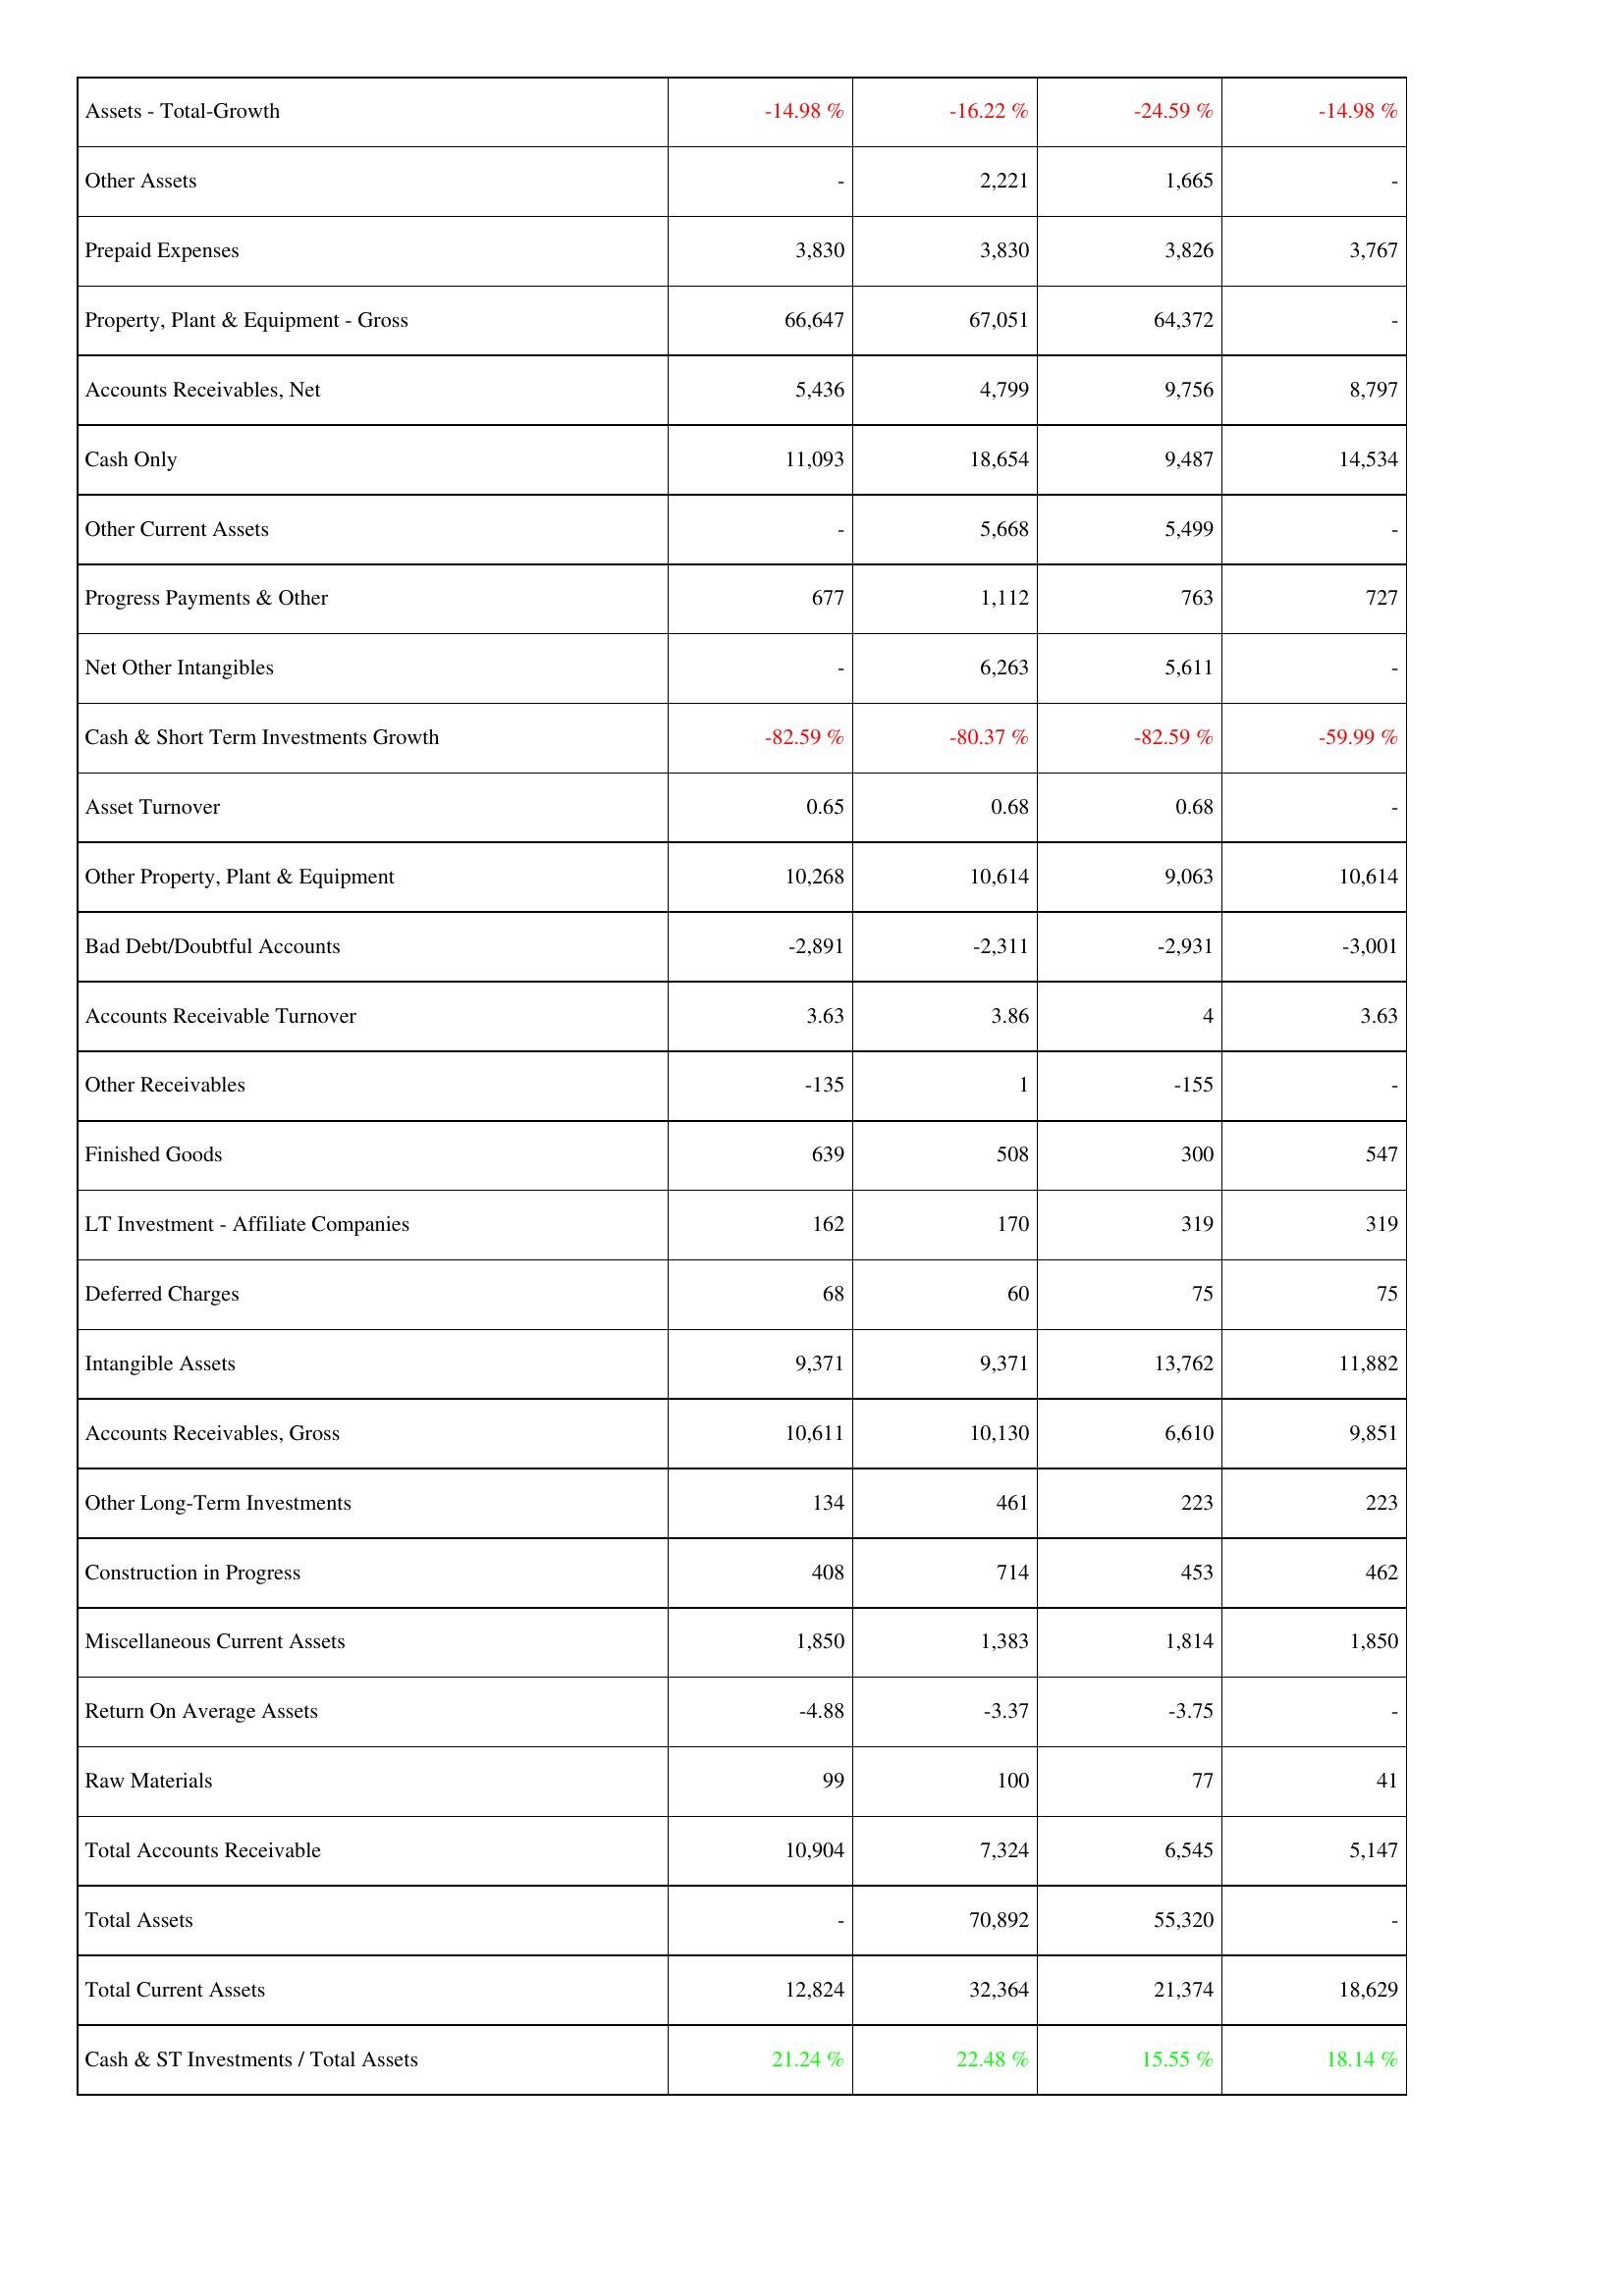
2011: Assets: Assets - Total-Growth: -14.98 %
Other Assets: -
Prepaid Expenses: 3,830
Property, Plant & Equipment - Gross: 66,647
Accounts Receivables, Net: 5,436
Cash Only: 11,093
Other Current Assets: -
Progress Payments & Other: 677
Net Other Intangibles: -
Cash & Short Term Investments Growth: -82.59 %
Asset Turnover: 0.65
Other Property, Plant & Equipment: 10,268
Bad Debt/Doubtful Accounts: -2,891
Accounts Receivable Turnover: 3.63
Other Receivables: -135
Finished Goods: 639
LT Investment - Affiliate Companies: 162
Deferred Charges: 68
Intangible Assets: 9,371
Accounts Receivables, Gross: 10,611
Other Long-Term Investments: 134
Construction in Progress: 408
Miscellaneous Current Assets: 1,850
Return On Average Assets: -4.88
Raw Materials: 99
Total Accounts Receivable: 10,904
Total Assets: -
Total Current Assets: 12,824
Cash & ST Investments / Total Assets: 21.24 %
2012: Assets: Assets - Total-Growth: -16.22 %
Other Assets: 2,221
Prepaid Expenses: 3,830
Property, Plant & Equipment - Gross: 67,051
Accounts Receivables, Net: 4,799
Cash Only: 18,654
Other Current Assets: 5,668
Progress Payments & Other: 1,112
Net Other Intangibles: 6,263
Cash & Short Term Investments Growth: -80.37 %
Asset Turnover: 0.68
Other Property, Plant & Equipment: 10,614
Bad Debt/Doubtful Accounts: -2,311
Accounts Receivable Turnover: 3.86
Other Receivables: 1
Finished Goods: 508
LT Investment - Affiliate Companies: 170
Deferred Charges: 60
Intangible Assets: 9,371
Accounts Receivables, Gross: 10,130
Other Long-Term Investments: 461
Construction in Progress: 714
Miscellaneous Current Assets: 1,383
Return On Average Assets: -3.37
Raw Materials: 100
Total Accounts Receivable: 7,324
Total Assets: 70,892
Total Current Assets: 32,364
Cash & ST Investments / Total Assets: 22.48 %
2013: Assets: Assets - Total-Growth: -24.59 %
Other Assets: 1,665
Prepaid Expenses: 3,826
Property, Plant & Equipment - Gross: 64,372
Accounts Receivables, Net: 9,756
Cash Only: 9,487
Other Current Assets: 5,499
Progress Payments & Other: 763
Net Other Intangibles: 5,611
Cash & Short Term Investments Growth: -82.59 %
Asset Turnover: 0.68
Other Property, Plant & Equipment: 9,063
Bad Debt/Doubtful Accounts: -2,931
Accounts Receivable Turnover: 4
Other Receivables: -155
Finished Goods: 300
LT Investment - Affiliate Companies: 319
Deferred Charges: 75
Intangible Assets: 13,762
Accounts Receivables, Gross: 6,610
Other Long-Term Investments: 223
Construction in Progress: 453
Miscellaneous Current Assets: 1,814
Return On Average Assets: -3.75
Raw Materials: 77
Total Accounts Receivable: 6,545
Total Assets: 55,320
Total Current Assets: 21,374
Cash & ST Investments / Total Assets: 15.55 %
2014: Assets: Assets - Total-Growth: -14.98 %
Other Assets: -
Prepaid Expenses: 3,767
Property, Plant & Equipment - Gross: -
Accounts Receivables, Net: 8,797
Cash Only: 14,534
Other Current Assets: -
Progress Payments & Other: 727
Net Other Intangibles: -
Cash & Short Term Investments Growth: -59.99 %
Asset Turnover: -
Other Property, Plant & Equipment: 10,614
Bad Debt/Doubtful Accounts: -3,001
Accounts Receivable Turnover: 3.63
Other Receivables: -
Finished Goods: 547
LT Investment - Affiliate Companies: 319
Deferred Charges: 75
Intangible Assets: 11,882
Accounts Receivables, Gross: 9,851
Other Long-Term Investments: 223
Construction in Progress: 462
Miscellaneous Current Assets: 1,850
Return On Average Assets: -
Raw Materials: 41
Total Accounts Receivable: 5,147
Total Assets: -
Total Current Assets: 18,629
Cash & ST Investments / Total Assets: 18.14 %